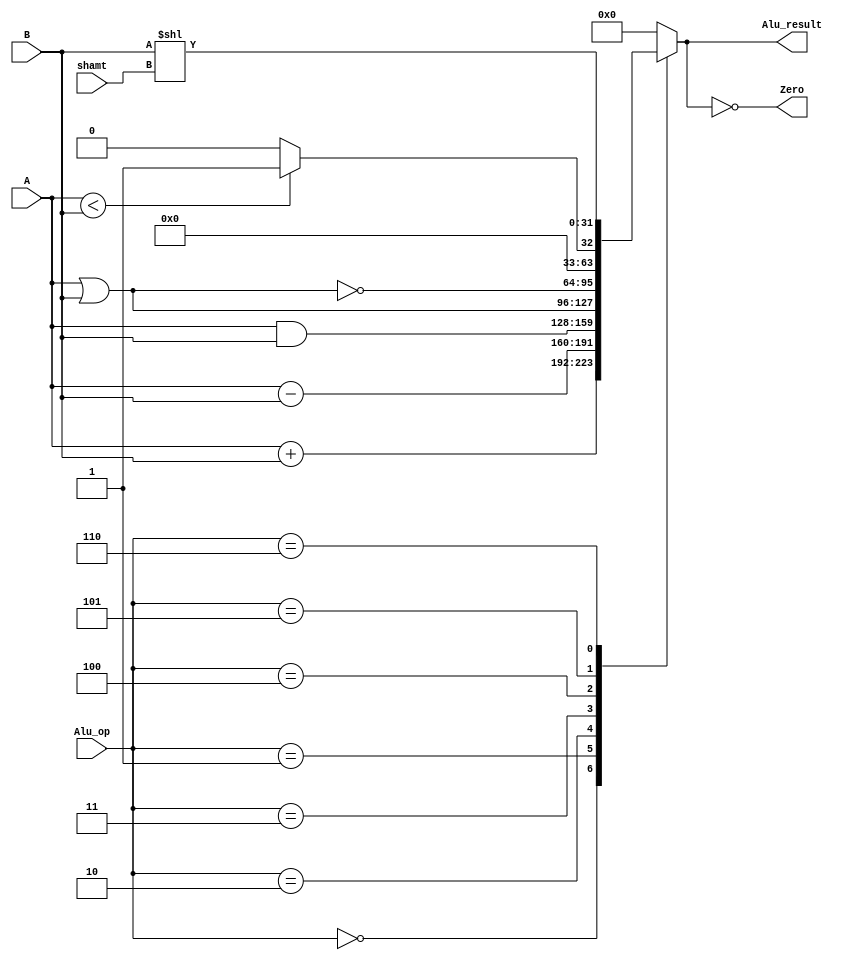
module ALU_v ( A, B, Alu_op, shamt, Alu_result, Zero );
	input [31:0] A,B;
	input [2:0] Alu_op;
        input [4:0] shamt;
	output reg [31:0] Alu_result;
	output Zero ;
	assign Zero = (Alu_result==0);
	always@(A, B, Alu_op) begin
     #200
       	   case(Alu_op) 
                0:Alu_result <= A+B; //lw &sw &addi (rs +imm) ,add (rs+rt) ;
                 1:Alu_result <= A-B; //sub ,beq
                 2:Alu_result <= A&B ;//and , andi (b=sign extation)
                 3:Alu_result<= A|B ;//or ,ori(b=sign extation)
                4:Alu_result<= ~(A|B);//nor
                 5:Alu_result <= (A<B)? 1:0 ; //slt:
                 6:Alu_result <= B << shamt ;
                  default : Alu_result <= 0;
                endcase

              end
endmodule